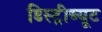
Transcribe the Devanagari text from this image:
डिस्ट्रीब्यूट